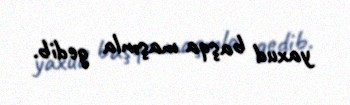
yaxud başqa maşınla gedib.